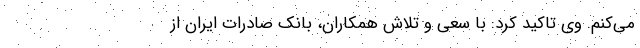
می‌کنم. وی تاکید کرد: با سعی و تلاش همکاران، بانک صادرات ایران از